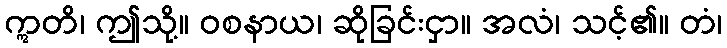
ဣတိ၊ ဤသို့။ ဝစနာယ၊ ဆိုခြင်းငှာ။ အလံ၊ သင့်၏။ တံ၊